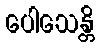
ပေါသေန္တိ